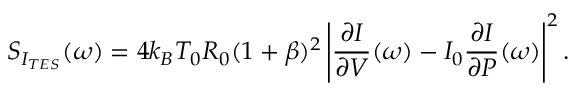
S _ { I _ { T E S } } ( \omega ) = 4 k _ { B } T _ { 0 } R _ { 0 } ( 1 + \beta ) ^ { 2 } \left| \frac { \partial I } { \partial V } ( \omega ) - I _ { 0 } \frac { \partial I } { \partial P } ( \omega ) \right| ^ { 2 } .